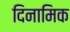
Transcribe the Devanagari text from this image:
दिनामिक